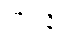
ဘဝါနိ